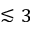
\lesssim 3